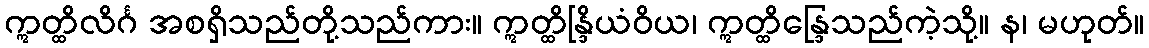
ဣတ္ထိလိင်္ဂ အစရှိသည်တို့သည်ကား။ ဣတ္ထိန္ဒြိယံဝိယ၊ ဣတ္ထိန္ဒြေသည်ကဲ့သို့။ န၊ မဟုတ်။